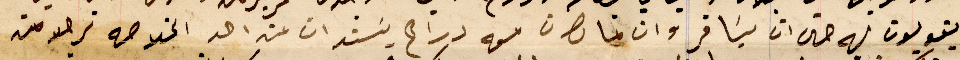
يقولون له حتى ان يسَافر وان ما كان معه دراهم يَستدان من احد الخلاصه نرجو من